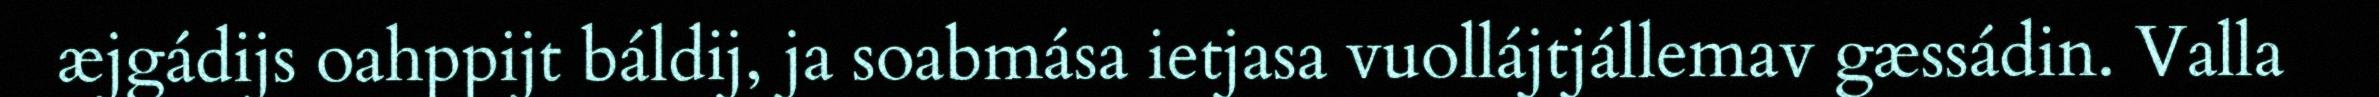
æjgádijs oahppijt báldij, ja soabmása ietjasa vuollájtjállemav gæssádin. Valla